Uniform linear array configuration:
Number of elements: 16
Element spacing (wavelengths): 1
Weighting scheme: exponential
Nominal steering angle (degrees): -45
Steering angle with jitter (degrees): -43.91
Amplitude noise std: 0.05
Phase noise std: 0.05

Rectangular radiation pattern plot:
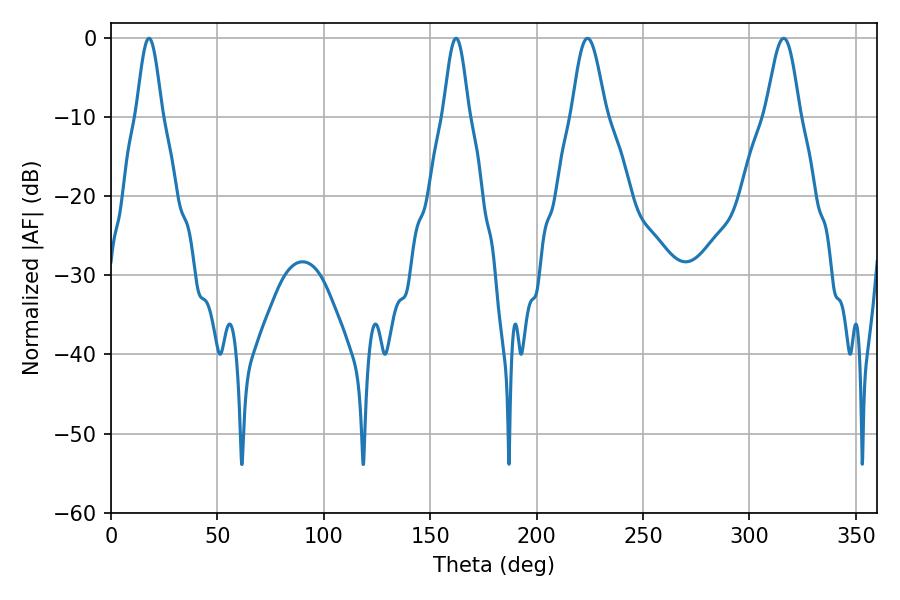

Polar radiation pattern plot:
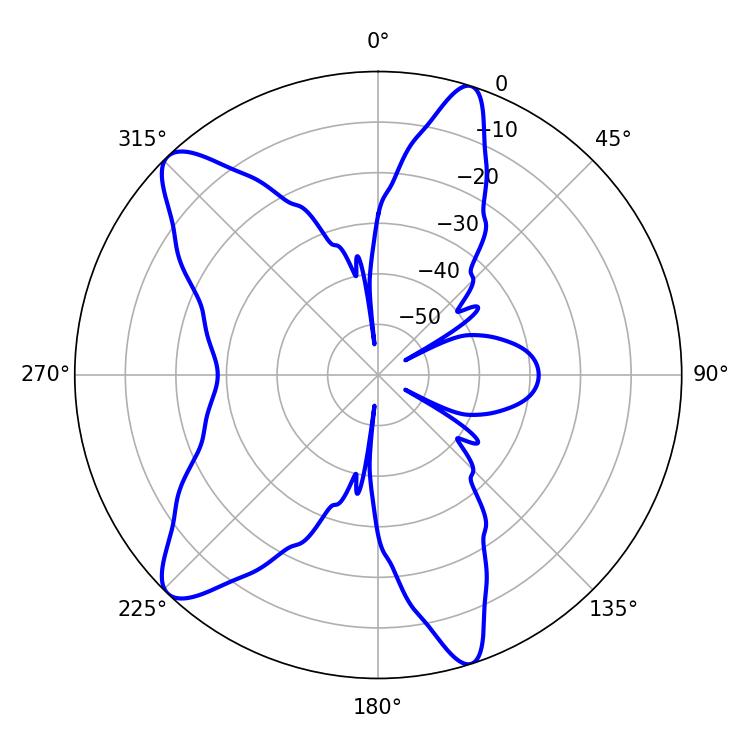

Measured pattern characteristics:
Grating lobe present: TRUE
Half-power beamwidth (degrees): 8.46
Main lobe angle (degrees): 223.92